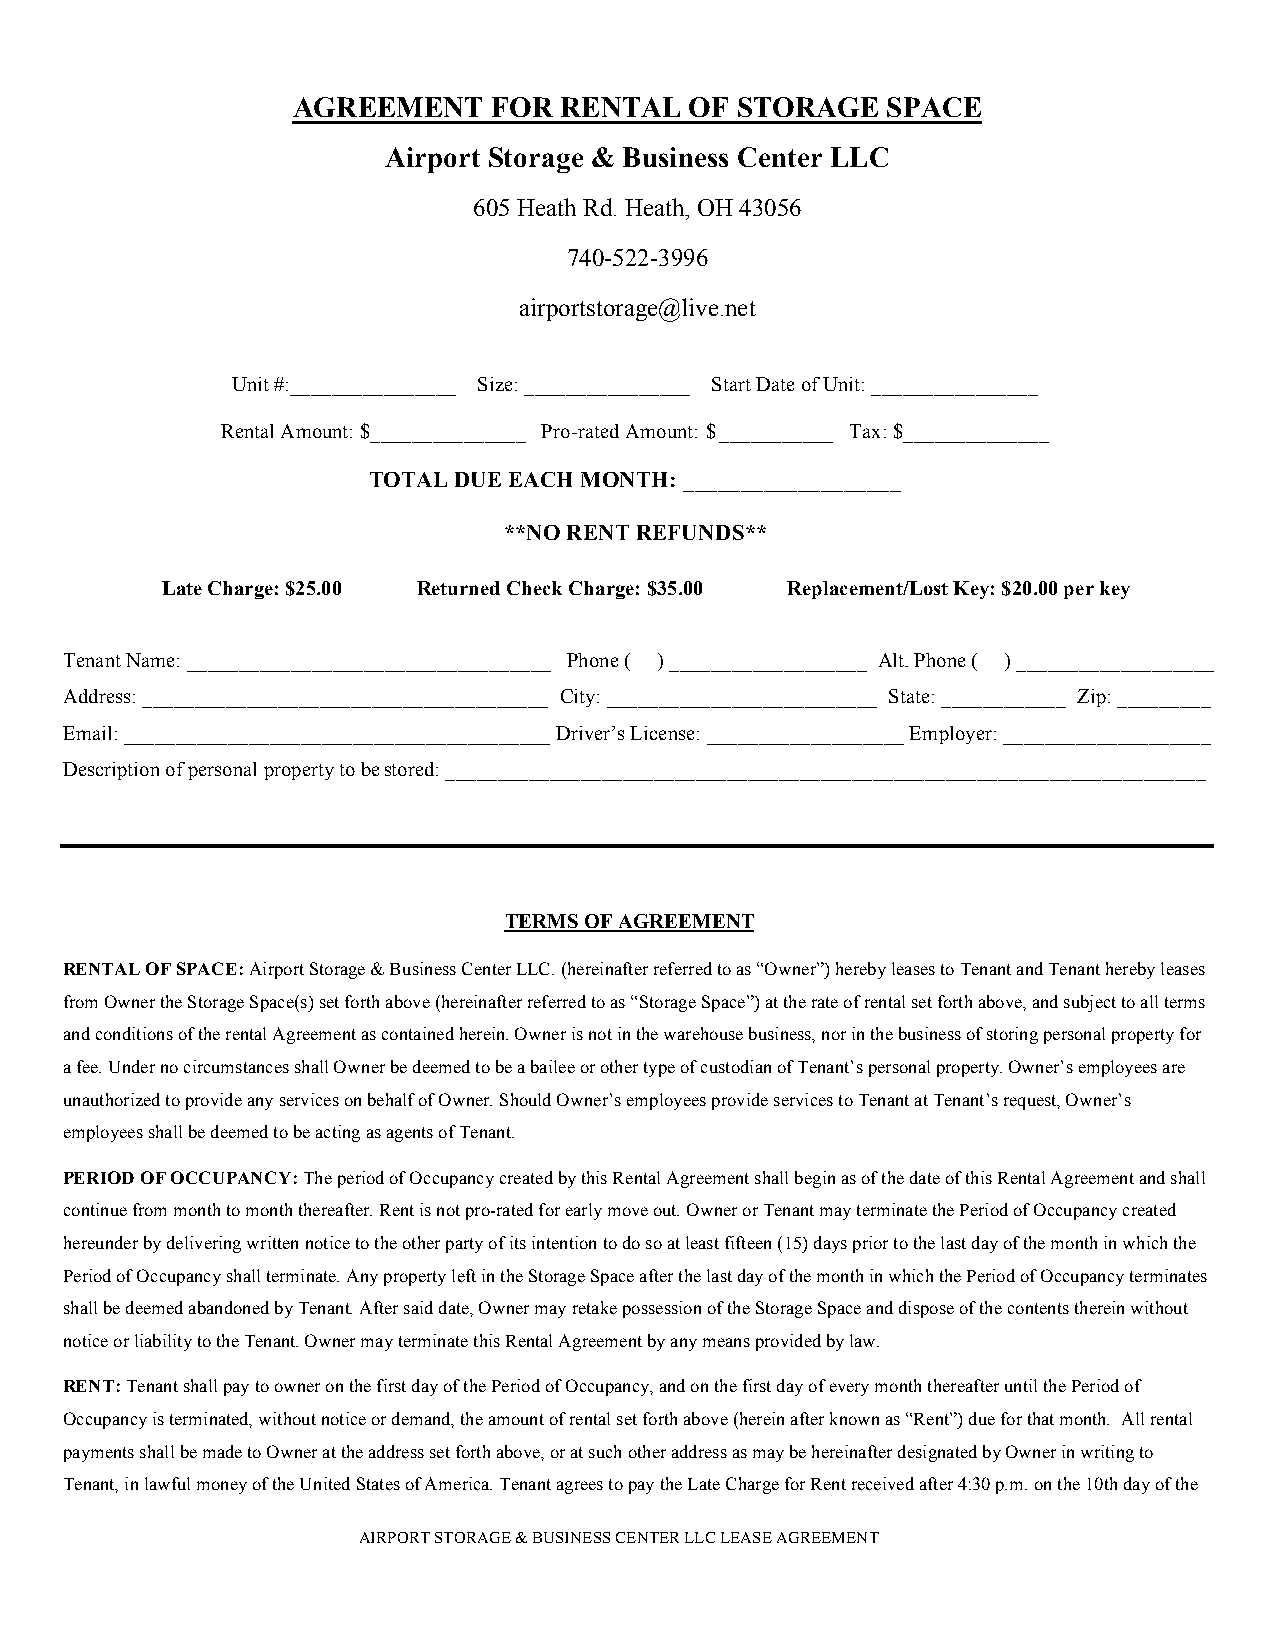
AGREEMENT     FOR RENTAL   OF STORAGE   SPACE
 Airport Storage & Business Center LLC
 605 Heath Rd. Heath, OH 43056
 740-522-3996
 airportstorage@live.net
 Unit #:________________ Size: ________________ Start Date of Unit: ________________
 Rental Amount: $_______________ Pro-rated Amount: $___________ Tax: $______________
 TOTAL DUE EACH MONTH: ___________________
 **NO RENT REFUNDS**
 Late Charge: $25.00 Returned Check Charge: $35.00 Replacement/Lost Key: $20.00 per key
 Tenant Name: ___________________________________ Phone ( ) ___________________ Alt. Phone ( ) ___________________
 Address: _______________________________________ City: __________________________ State: ____________ Zip: _________
 Email: _________________________________________ Driver’s License: ___________________ Employer: ____________________
 Description of personal property to be stored: _________________________________________________________________________
 TERMS OF AGREEMENT
 RENTAL OF SPACE: Airport Storage & Business Center LLC. (hereinafter referred to as “Owner”) hereby leases to Tenant and Tenant hereby leases
 from Owner the Storage Space(s) set forth above (hereinafter referred to as “Storage Space”) at the rate of rental set forth above, and subject to all terms
 and conditions of the rental Agreement as contained herein. Owner is not in the warehouse business, nor in the business of storing personal property for
 a fee. Under no circumstances shall Owner be deemed to be a bailee or other type of custodian of Tenant’s personal property. Owner’s employees are
 unauthorized to provide any services on behalf of Owner. Should Owner’s employees provide services to Tenant at Tenant’s request, Owner’s
 employees shall be deemed to be acting as agents of Tenant.
 PERIOD OF OCCUPANCY: The period of Occupancy created by this Rental Agreement shall begin as of the date of this Rental Agreement and shall
 continue from month to month thereafter. Rent is not pro-rated for early move out. Owner or Tenant may terminate the Period of Occupancy created
 hereunder by delivering written notice to the other party of its intention to do so at least fifteen (15) days prior to the last day of the month in which the
 Period of Occupancy shall terminate. Any property left in the Storage Space after the last day of the month in which the Period of Occupancy terminates
 shall be deemed abandoned by Tenant. After said date, Owner may retake possession of the Storage Space and dispose of the contents therein without
 notice or liability to the Tenant. Owner may terminate this Rental Agreement by any means provided by law.
 RENT: Tenant shall pay to owner on the first day of the Period of Occupancy, and on the first day of every month thereafter until the Period of
 Occupancy is terminated, without notice or demand, the amount of rental set forth above (herein after known as “Rent”) due for that month. All rental
 payments shall be made to Owner at the address set forth above, or at such other address as may be hereinafter designated by Owner in writing to
 Tenant, in lawful money of the United States of America. Tenant agrees to pay the Late Charge for Rent received after 4:30 p.m. on the 10th day of the
 AIRPORT STORAGE & BUSINESS CENTER LLC LEASE AGREEMENT